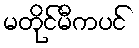
မတိုင်မီကပင်